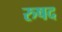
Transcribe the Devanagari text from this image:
रुषद